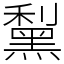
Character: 䵩